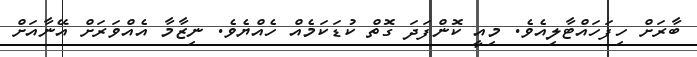
ބާރަށް ހިފަހައްޓާލިއެވެ. މިއީ ކޮންފަދަ ގޮތް ކުޑަކަމެއް ހެއްޔެވެ. ނިޒާމާ އެއްވަރަށް އޭނާއަށް